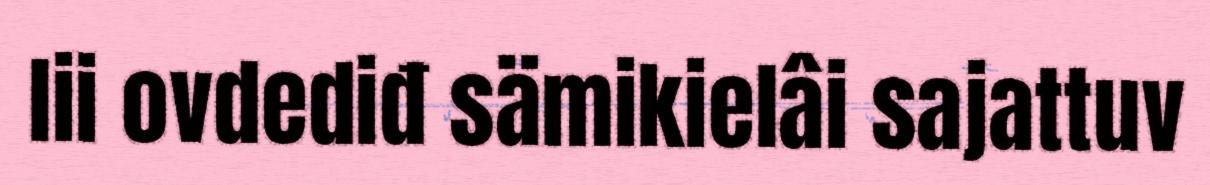
lii ovdediđ sämikielâi sajattuv